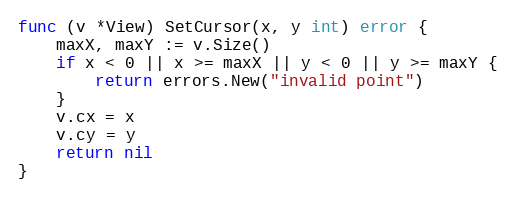
Language: Go
func (v *View) SetCursor(x, y int) error {
	maxX, maxY := v.Size()
	if x < 0 || x >= maxX || y < 0 || y >= maxY {
		return errors.New("invalid point")
	}
	v.cx = x
	v.cy = y
	return nil
}